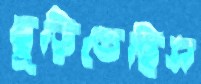
ছুড়িতেছিস